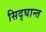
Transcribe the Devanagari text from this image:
सिद्घान्त